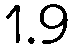
1.9